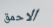
الاحمق